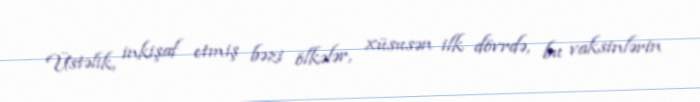
Üstəlik, inkişaf etmiş bəzi ölkələr, xüsusən ilk dövrdə, bu vaksinlərin